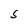
Character: S